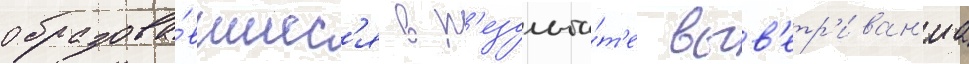
образова́вшиес'я в р'езульта́т'е выв'етр'иван'иа